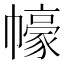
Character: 𱜸